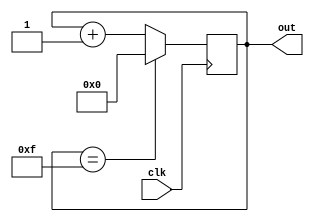
module clock_divider (
    input wire clk,   // input clock signal
    output reg [3:0] out // output lower frequency signal
);

reg [3:0] count; // binary count representing current time

always @(posedge clk) begin
    if (count == 4'b1111) begin
        count <= 4'b0000; // reset count to 0000 if it reaches 1111
    end else begin
        count <= count + 1; // increment count by 1
    end
end

assign out = count; // assign count to output signal

endmodule